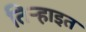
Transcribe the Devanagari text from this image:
तिऱ्हाइत